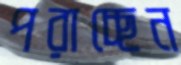
পরাচ্ছেন